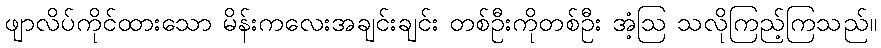
ဖျာလိပ်ကိုင်ထားသော မိန်းကလေးအချင်းချင်း တစ်ဦးကိုတစ်ဦး အံ့ဩ သလိုကြည့်ကြသည်။